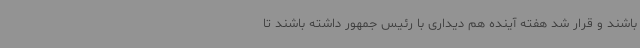
باشند و قرار شد هفته آینده هم دیداری با رئیس جمهور داشته باشند تا